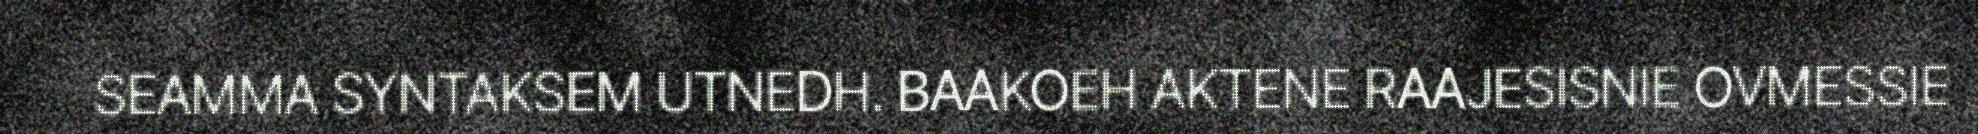
SEAMMA SYNTAKSEM UTNEDH. BAAKOEH AKTENE RAAJESISNIE OVMESSIE